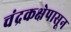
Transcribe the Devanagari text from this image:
चंद्रकक्षेपासून